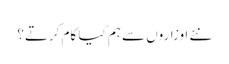
نئے اوزاروں سے ہم کیا کام کرتے؟